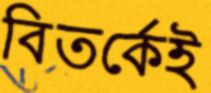
বিতর্কেই